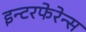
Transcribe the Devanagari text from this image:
इन्टरफेरेन्स